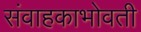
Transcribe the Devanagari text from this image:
संवाहकाभोवती